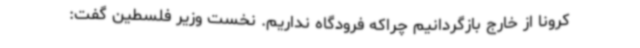
کرونا از خارج بازگردانیم چراکه فرودگاه نداریم. نخست وزیر فلسطین گفت: